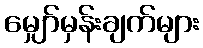
မျှော်မှန်းချက်များ